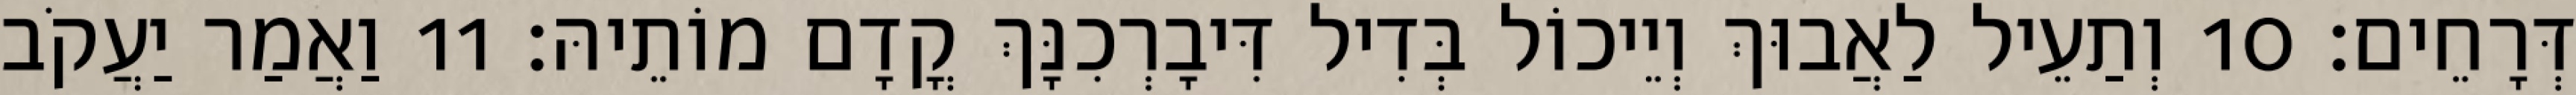
דְּרָחֵים׃ 10 וְתַעֵיל לַאֲבוּךְ וְיֵיכוֹל בְּדִיל דִּיבָרְכִנָּךְ קֳדָם מוֹתֵיהּ׃ 11 וַאֲמַר יַעֲקֹב